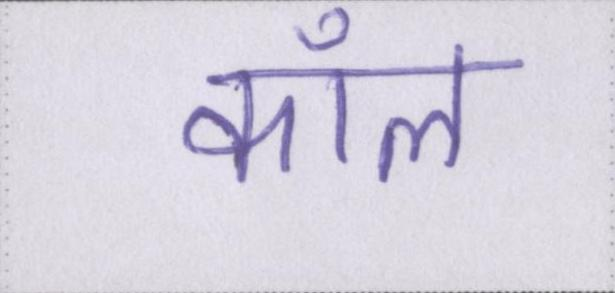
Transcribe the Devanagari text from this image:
कॉल